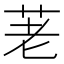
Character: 荖